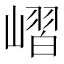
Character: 嶍